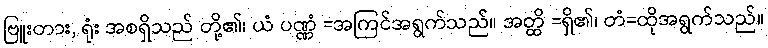
ဗြူးတား, ရုံး အစရှိသည် တို့၏၊ ယံ ပဏ္ဏံ =အကြင်အရွက်သည်။ အတ္ထိ =ရှိ၏၊ တံ=ထိုအရွက်သည်။